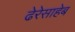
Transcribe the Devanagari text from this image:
ढेरेसाहेब